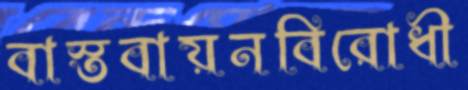
বাস্তবায়নবিরোধী